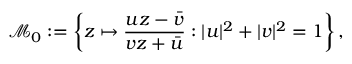
{ \mathcal { M } } _ { 0 } : = \left\{ z \mapsto { \frac { u z - { \bar { v } } } { v z + { \bar { u } } } } : | u | ^ { 2 } + | v | ^ { 2 } = 1 \right\} ,